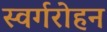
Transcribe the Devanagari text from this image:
स्वर्गरोहन